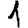
Digit: 1